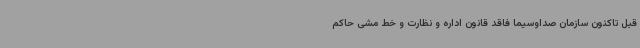
قبل تاکنون سازمان صداوسیما فاقد قانون اداره و نظارت و خط مشی حاکم